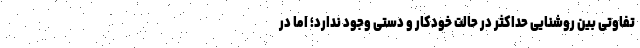
تفاوتی بین روشنایی حداکثر در حالت خودکار و دستی وجود ندارد؛ اما در